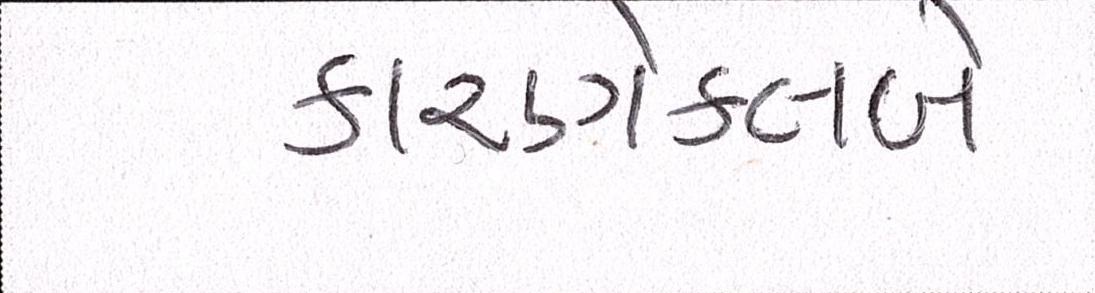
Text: કારણેક્લબે